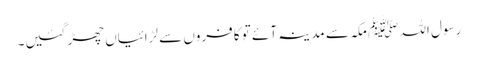
رسول اللہ ﷺمکہ سے مدینہ آئے تو کافروں سے لڑائیاں چھڑ گئیں۔